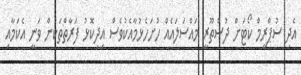
އެދި ސުޕްރީމް ކޯޓަށް ދުސްތޫރީ މައްސަލައެއް ހުށަހެޅުމާއެކުވެސް އިދިކޮޅު ފަރާތްތަކުން ވަނީ އެކަމާއި